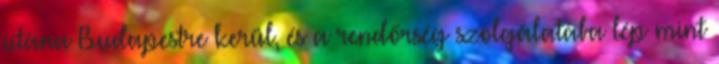
utána Budapestre kerül, és a rendőrség szolgálatába lép mint